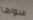
سواها